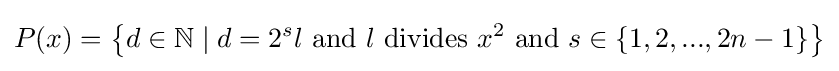
P(x)=\left\{d\in \mathbb {N} \mid d=2^{s}l\ {\text{and}}\ l{\text{ divides }}x^{2}\ {\text{and}}\ s\in \left\{1,2,...,2n-1\right\}\right\}